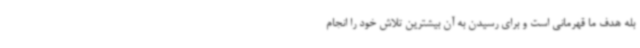
بله هدف ما قهرمانی است و برای رسیدن به آن بیشترین تلاش خود را انجام